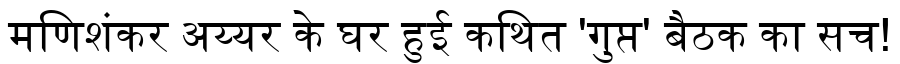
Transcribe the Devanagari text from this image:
मणिशंकर अय्यर के घर हुई कथित 'गुप्त' बैठक का सच!